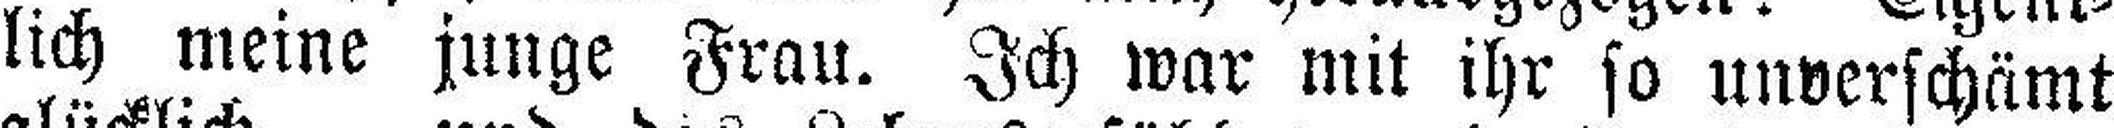
lich meine junge Frau. Ich war mit ihr so unverschämt